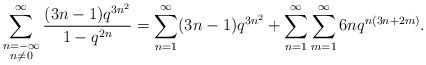
\begin{align*}\sum_{\substack{n=-\infty\\n\neq 0}}^\infty \frac{(3n-1)q^{3n^2}}{1-q^{2n}}&=\sum_{n=1}^\infty (3n-1)q^{3n^2} +\sum_{n=1}^\infty\sum_{m=1}^\infty 6n q^{n(3n+2m)}.\end{align*}